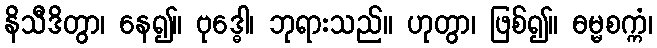
နိသီဒိတွာ၊ နေ၍။ ဗုဒ္ဓေါ၊ ဘုရားသည်။ ဟုတွာ၊ ဖြစ်၍။ ဓမ္မစက္ကံ၊